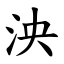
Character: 泱